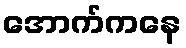
အောက်ကနေ